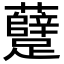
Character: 躠